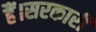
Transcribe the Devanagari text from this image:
हैं।सरकारी